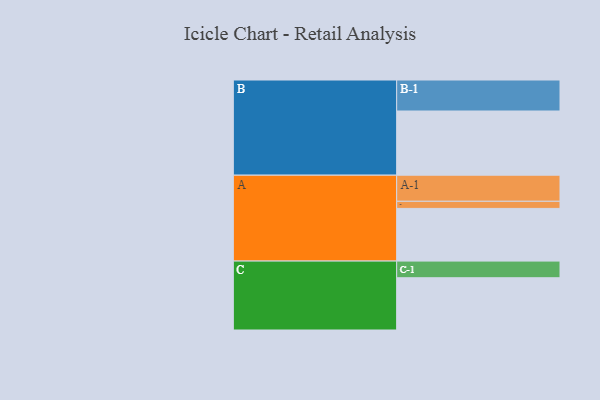
{"axis": {"x": "Segment", "y": "Value"}, "legend": ["", "A", "B", "C"], "data": [{"x": "A", "y": 481, "type": ""}, {"x": "B", "y": 586, "type": ""}, {"x": "C", "y": 477, "type": ""}, {"x": "A-1", "y": 238, "type": "A"}, {"x": "A-2", "y": 65, "type": "A"}, {"x": "B-1", "y": 283, "type": "B"}, {"x": "C-1", "y": 152, "type": "C"}]}